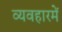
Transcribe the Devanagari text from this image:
व्यवहारमें